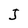
Character: J